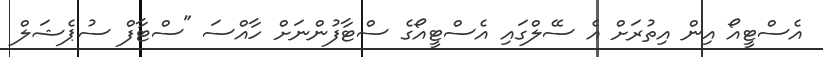
އެސްޓީއޯ އިން އިތުރަށް އެ ސޭލްގައި އެސްޓީއޯގެ ސްޓާފުންނަށް ހާއްސަ "ސްޓާފް ސުޕެޝަލް